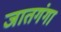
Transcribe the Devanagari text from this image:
जातगंगा